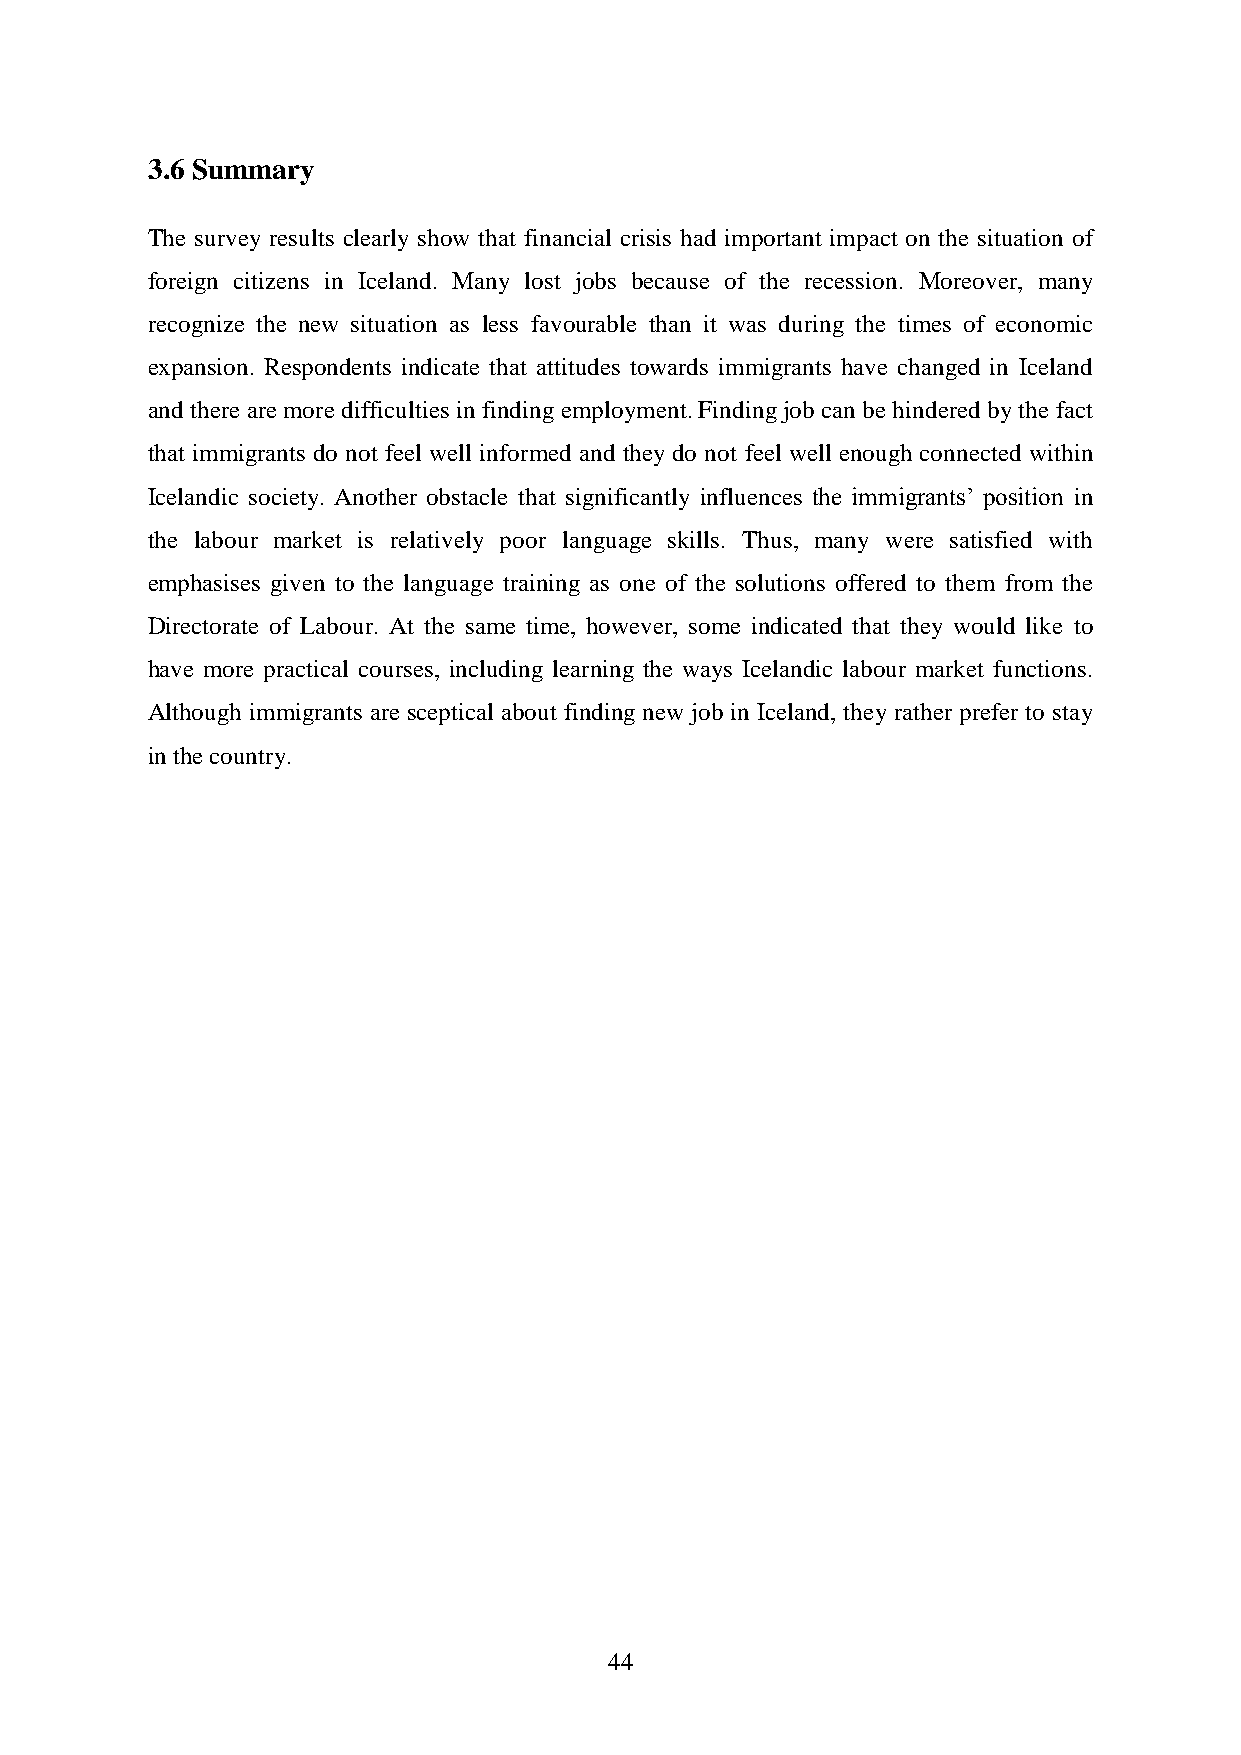
3.6 Summary
 The survey results clearly show that financial crisis had important impact on the situation of
 foreign citizens in Iceland. Many lost jobs because of the recession. Moreover, many
 recognize the new situation as less favourable than it was during the times of economic
 expansion. Respondents indicate that attitudes towards immigrants have changed in Iceland
 and there are more difficulties in finding employment. Finding job can be hindered by the fact
 that immigrants do not feel well informed and they do not feel well enough connected within
 Icelandic society. Another obstacle that significantly influences the immigrants‟ position in
 the labour market is relatively poor language skills. Thus, many were satisfied with
 emphasises given to the language training as one of the solutions offered to them from the
 Directorate of Labour. At the same time, however, some indicated that they would like to
 have more practical courses, including learning the ways Icelandic labour market functions.
 Although immigrants are sceptical about finding new job in Iceland, they rather prefer to stay
 in the country.
 44